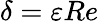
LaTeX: \delta=\varepsilon Re